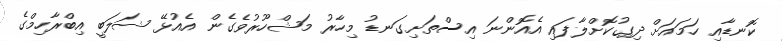
ކޮނޑާއި ހަމައަށް ދިގުކޮށްލާފައި އެއޮންނަ އިސްތަށިގަނޑު މިހާރު މަޝްހޫރުވެގެން އެއުޅޭ ޝަލަބީ އިބްރާހިމްގެ